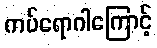
ကပ်ရောဂါကြောင့်